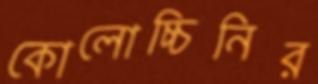
কোলোচ্চিনির